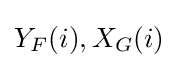
Y_{F}(i),X_{G}(i)